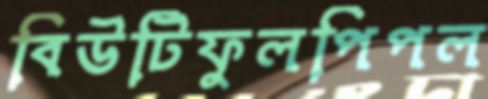
বিউটিফুলপিপল